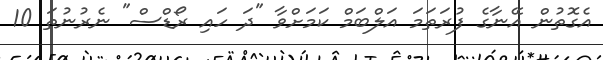
އެގޮތުން އޭނާގެ ފުރަތަމަ އަލްބަމް ކަމަށްވާ "ދަ ހައި ރޯޑްސް" ނެރުނުތަ 10